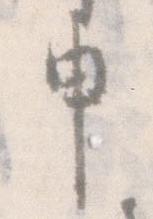
申